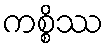
ကစ္စိဿ